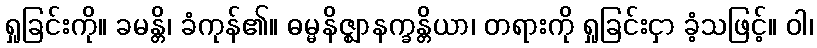
ရှုခြင်းကို။ ခမန္တိ၊ ခံကုန်၏။ ဓမ္မနိဇ္ဈာနက္ခန္တိယာ၊ တရားကို ရှုခြင်းငှာ ခံ့သဖြင့်။ ဝါ၊